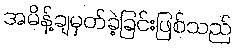
အမိန့်ချမှတ်ခဲ့ခြင်းဖြစ်သည်